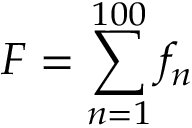
F = \sum _ { n = 1 } ^ { 1 0 0 } f _ { n }